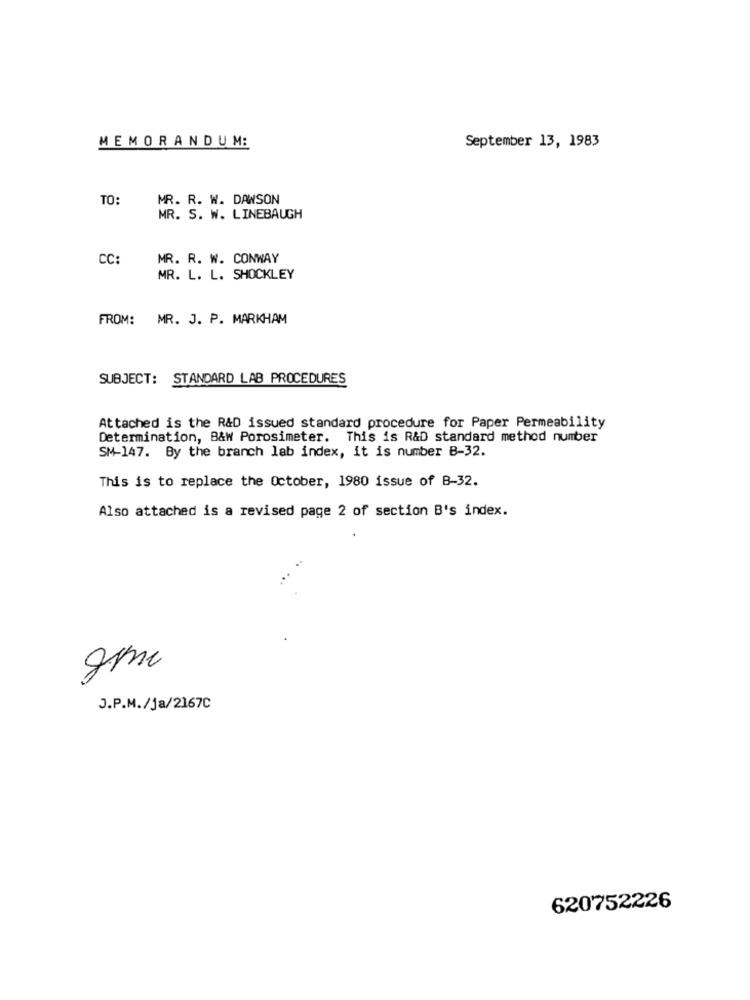
MEMORANDUM:
September 13, 1983
TO:
MR. R. W. DAWSON
MR. S. W. LINEBAUGH
CC:
MR. R. W. CONWAY
MR. L. L. SHOCKLEY
FROM: MR. J. P. MARKHAM
SUBJECT: STANDARD LAB PROCEDURES
Attached is the R&D issued standard procedure for Paper Permeability
Determination, B&W Porosimeter. This is R&D standard method number
SM-147. By the branch lab index, it is number B-32.
This is to replace the October, 1980 issue of B-32.
Also attached is a revised page 2 of section B's index.
gmc
J.P.M./ja/2167C
620752226